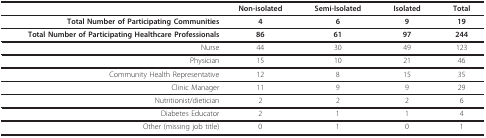
<table><thead><tr><td></td><td><b>Non-isolated</b></td><td><b>Semi-Isolated</b></td><td><b>Isolated</b></td><td><b>Total</b></td></tr></thead><tbody><tr><td><b>Total Number of Participating Communities</b></td><td><b>4</b></td><td><b>6</b></td><td><b>9</b></td><td><b>19</b></td></tr><tr><td><b>Total Number of Participating Healthcare Professionals</b></td><td><b>86</b></td><td><b>61</b></td><td><b>97</b></td><td><b>244</b></td></tr><tr><td>Nurse</td><td>44</td><td>30</td><td>49</td><td>123</td></tr><tr><td>Physician</td><td>15</td><td>10</td><td>21</td><td>46</td></tr><tr><td>Community Health Representative</td><td>12</td><td>8</td><td>15</td><td>35</td></tr><tr><td>Clinic Manager</td><td>11</td><td>9</td><td>9</td><td>29</td></tr><tr><td>Nutritionist/dietician</td><td>2</td><td>2</td><td>2</td><td>6</td></tr><tr><td>Diabetes Educator</td><td>2</td><td>1</td><td>1</td><td>4</td></tr><tr><td>Other (missing job title)</td><td>0</td><td>1</td><td>0</td><td>1</td></tr></tbody></table>